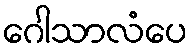
ဂေါသာလံပေ